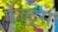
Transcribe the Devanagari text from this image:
फेल्ट्स